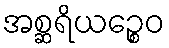
အစ္ဆရိယဉ္စေဝ